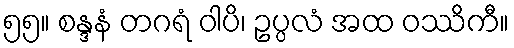
၅၅။ စန္ဒနံ တဂရံ ဝါပိ၊ ဥပ္ပလံ အထ ဝဿိကီ။